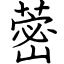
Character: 蔤